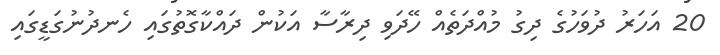
20 އަހަރު ދުވަހުގެ ދިގު މުއްދަތެއް ހޭދަވި ދިރާސާ އަކުން ދައްކާގޮތުގައި ހެނދުނުގަޑީގައި